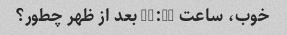
خوب، ساعت 12:30 بعد از ظهر چطور؟